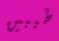
طيبين